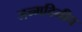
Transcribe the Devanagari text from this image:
जन्मदिनीच